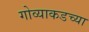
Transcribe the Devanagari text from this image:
गोव्याकडच्या